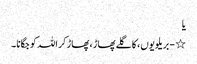
یا
٭ - بریلویوں ، کا گلے پھاڑ ، پھاڑ کر اللہ کو جگانا ۔